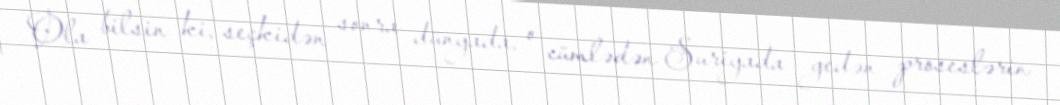
Ola bilsin ki, seçkidən sonra dünyada, o cümlədən Suriyada gedən proseslərin